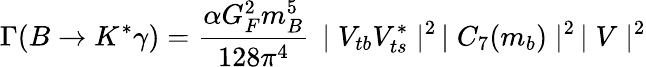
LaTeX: \Gamma(B\rightarrow K^{*}\gamma)=\frac{\alpha G_{F}^{2}m_{B}^{5}}{128\pi^{4}}\, \mid V_{tb}V_{ts}^{*}\mid^{2}\, \mid C_{7}(m_{b})\mid^{2}\, \mid V\mid^{2}